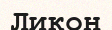
Ликон